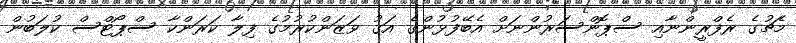
މެޗުގެ ރެފްރީންނާއި ސްޕޮންސަރުންނަށް އެބޭފުޅުންގެ އަގު ވަޒަންކުރުމުގެ ފިލާ ކަރަންކާ ސްޕޯޓްސް ކުލަބުން